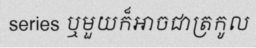
series ឬមួយក៏អាចជាត្រកូល